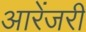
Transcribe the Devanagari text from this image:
आरेंजरी